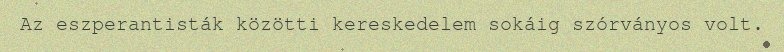
Az eszperantisták közötti kereskedelem sokáig szórványos volt.